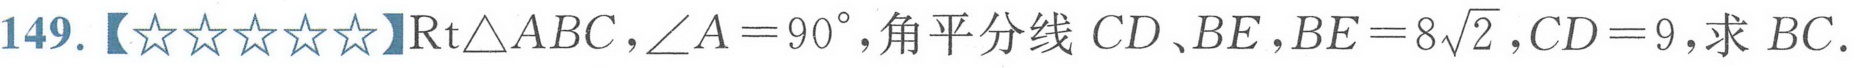
149.【★★★★★】$\text{Rt}\triangle ABC,\angle A = 90^{\circ}$,角平分线$CD、BE,BE = 8\sqrt{2},CD = 9$,求 $BC$.